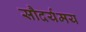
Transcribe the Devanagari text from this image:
सौदर्यमय